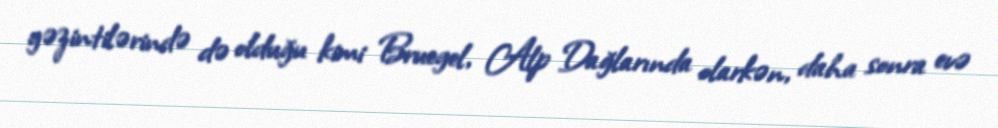
gəzintilərində də olduğu kimi Bruegel, Alp Dağlarında olarkən, daha sonra evə